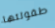
طفولتها